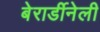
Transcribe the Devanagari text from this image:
बेरार्डीनेली